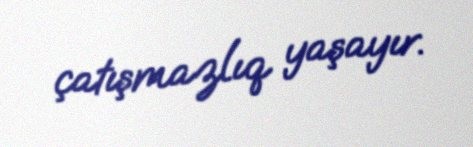
çatışmazlıq yaşayır.